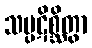
သမ္ပဋိစ္ဆိတွာ